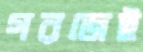
গরজেই